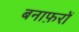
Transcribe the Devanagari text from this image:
बनाफ़रों